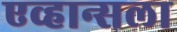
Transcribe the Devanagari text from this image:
एव्हान्सला